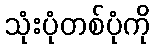
သုံးပုံတစ်ပုံကို